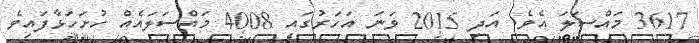
3617 މައްސަލަ އެވެ. އަދި 2015 ވަނަ އަހަރުގައި 4008 މައްސަލައެއް ހުށަހަޅާފައިވެ